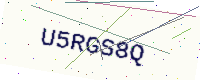
Text: U5RGS8Q